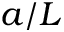
a / L